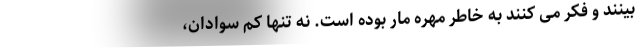
بینند و فکر می کنند به خاطر مهره مار بوده است. نه تنها کم سوادان،